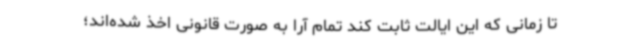
تا زمانی که این ایالت ثابت کند تمام آرا به صورت قانونی اخذ شده‌اند؛